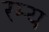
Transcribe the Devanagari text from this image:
रम्‍य